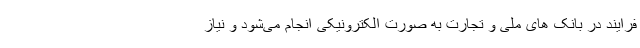
فرایند در بانک های ملی و تجارت به صورت الکترونیکی انجام می‌شود و نیاز